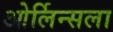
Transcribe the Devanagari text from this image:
ओर्लिन्सला